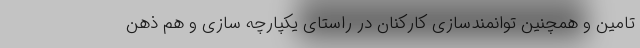
تامین و همچنین توانمندسازی کارکنان در راستای یکپارچه سازی و هم ذهن